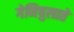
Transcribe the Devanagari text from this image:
गेनिचुलाते